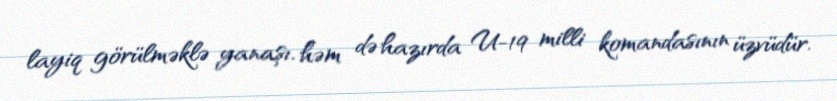
layiq görülməklə yanaşı, həm də hazırda U-19 milli komandasının üzvüdür.